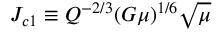
J _ { c 1 } \equiv Q ^ { - 2 / 3 } ( G \mu ) ^ { 1 / 6 } \sqrt { \mu }